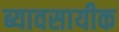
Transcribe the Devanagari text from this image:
ब्यावसायीक